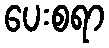
ပေးစရာ